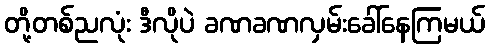
တို့တစ်ညလုံး ဒီလိုပဲ ခဏခဏလှမ်းခေါ်နေကြမယ်